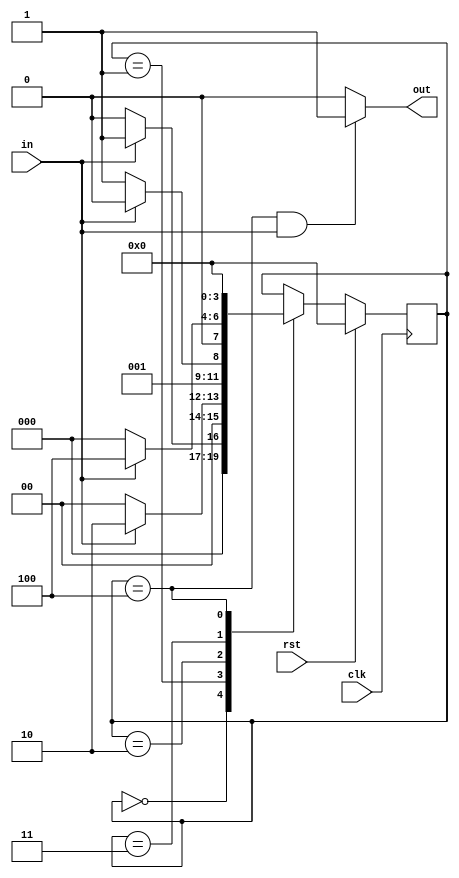
//////////////////////////////////////////////////////////////////////////////////
// Design Name: FSM to detect a sequence of 11011
// Machine: Mealy Machine : non-overlapping with 2 always(process) statements
//////////////////////////////////////////////////////////////////////////////////
`timescale 1ns / 1ps


module Mealy(clk,rst,in,out);

    input  wire clk;
    input  wire rst;
    input  wire in;
    output wire out;
    
    localparam [3:0] S0 = 4'h0, 
                     S1 = 4'h1,
                     S2 = 4'h2, 
                     S3 = 4'h3, 
                     S4 = 4'h4;
     
     reg [3:0]state, nxt_state;
                     
    always@(posedge clk)
        begin
            if(rst)
                state <= S0;
            else
                state <= nxt_state;                
        end
        
    always@(state, in)
        begin
            nxt_state <= state;                     //default case
            case(state)
                S0 : begin
                        if(in == 1)
                            nxt_state <= S1;
                        else
                            nxt_state <= S0;
                     end
                S1 : begin
                        if(in == 1)
                            nxt_state <= S2;
                        else
                            nxt_state <= S0;
                     end
                S2 : begin
                        if(in == 0)
                            nxt_state <= S3;
                        else
                            nxt_state <= S2;
                     end
                S3 : begin
                        if(in == 1)
                            nxt_state <= S4;
                        else
                            nxt_state <= S0;
                     end
                S4 : begin
                        if(in == 1)
                            nxt_state <= S0;
                        else
                            nxt_state <= S0;
                     end
            
            endcase
        end
        
    assign out = (state == S4 && in == 1) ? 1 : 0;
    
//////////////////////////////////////////////////////////// optional D-FF eliminate glicthes
//     always@(posedge clk)                               // verfiy the simulation and schematic with 1 always statement with and without
//        begin                                           // adding D-FF to eliminate gliches
//            if(rst)
//                New_out <= 0;
//            else
//                New_out <= out;
//        end
        
endmodule